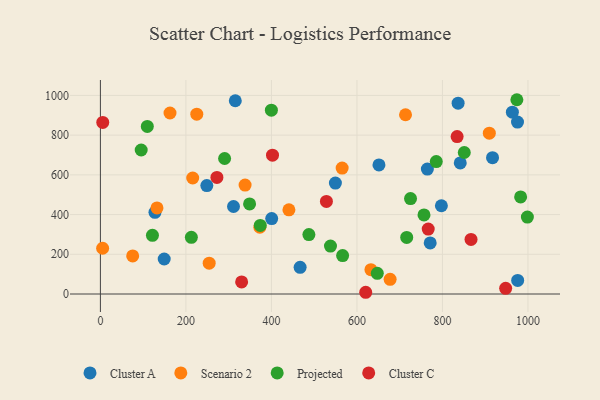
{"axis": {"x": "Distance", "y": "Salary"}, "legend": ["Cluster A", "Cluster C", "Projected", "Scenario 2"], "data": [{"x": "771.3", "y": 257.0, "type": "Cluster A"}, {"x": "764.7", "y": 629.1, "type": "Cluster A"}, {"x": "963.5", "y": 915.8, "type": "Cluster A"}, {"x": "836.6", "y": 960.7, "type": "Cluster A"}, {"x": "797.5", "y": 444.5, "type": "Cluster A"}, {"x": "149.2", "y": 176.3, "type": "Cluster A"}, {"x": "315.5", "y": 973.2, "type": "Cluster A"}, {"x": "917.1", "y": 686.5, "type": "Cluster A"}, {"x": "127.6", "y": 411.3, "type": "Cluster A"}, {"x": "467.1", "y": 134.2, "type": "Cluster A"}, {"x": "975.5", "y": 866.0, "type": "Cluster A"}, {"x": "549.6", "y": 558.7, "type": "Cluster A"}, {"x": "651.5", "y": 650.2, "type": "Cluster A"}, {"x": "248.9", "y": 546.0, "type": "Cluster A"}, {"x": "975.9", "y": 68.5, "type": "Cluster A"}, {"x": "311.3", "y": 440.6, "type": "Cluster A"}, {"x": "400.6", "y": 379.9, "type": "Cluster A"}, {"x": "841.6", "y": 660.1, "type": "Cluster A"}, {"x": "132.3", "y": 433.6, "type": "Scenario 2"}, {"x": "5.2", "y": 230.4, "type": "Scenario 2"}, {"x": "565.4", "y": 634.3, "type": "Scenario 2"}, {"x": "713.6", "y": 902.7, "type": "Scenario 2"}, {"x": "677.6", "y": 74.0, "type": "Scenario 2"}, {"x": "254.4", "y": 155.1, "type": "Scenario 2"}, {"x": "632.7", "y": 122.4, "type": "Scenario 2"}, {"x": "440.9", "y": 424.0, "type": "Scenario 2"}, {"x": "909.6", "y": 809.9, "type": "Scenario 2"}, {"x": "338.4", "y": 548.7, "type": "Scenario 2"}, {"x": "372.9", "y": 336.2, "type": "Scenario 2"}, {"x": "215.9", "y": 584.2, "type": "Scenario 2"}, {"x": "225.4", "y": 905.6, "type": "Scenario 2"}, {"x": "162.8", "y": 911.5, "type": "Scenario 2"}, {"x": "75.5", "y": 191.9, "type": "Scenario 2"}, {"x": "348.9", "y": 453.8, "type": "Projected"}, {"x": "851.0", "y": 712.5, "type": "Projected"}, {"x": "121.7", "y": 295.4, "type": "Projected"}, {"x": "538.1", "y": 241.4, "type": "Projected"}, {"x": "982.8", "y": 488.6, "type": "Projected"}, {"x": "290.5", "y": 682.4, "type": "Projected"}, {"x": "725.3", "y": 480.5, "type": "Projected"}, {"x": "998.6", "y": 387.6, "type": "Projected"}, {"x": "785.5", "y": 666.7, "type": "Projected"}, {"x": "95.4", "y": 725.1, "type": "Projected"}, {"x": "487.6", "y": 299.5, "type": "Projected"}, {"x": "109.7", "y": 843.8, "type": "Projected"}, {"x": "716.4", "y": 284.9, "type": "Projected"}, {"x": "756.8", "y": 398.2, "type": "Projected"}, {"x": "373.9", "y": 345.3, "type": "Projected"}, {"x": "974.0", "y": 978.3, "type": "Projected"}, {"x": "212.7", "y": 285.6, "type": "Projected"}, {"x": "566.5", "y": 193.3, "type": "Projected"}, {"x": "399.9", "y": 925.7, "type": "Projected"}, {"x": "647.6", "y": 104.3, "type": "Projected"}, {"x": "866.8", "y": 274.7, "type": "Cluster C"}, {"x": "947.8", "y": 28.4, "type": "Cluster C"}, {"x": "620.5", "y": 8.7, "type": "Cluster C"}, {"x": "5.5", "y": 864.2, "type": "Cluster C"}, {"x": "766.7", "y": 327.1, "type": "Cluster C"}, {"x": "330.3", "y": 60.7, "type": "Cluster C"}, {"x": "528.6", "y": 466.0, "type": "Cluster C"}, {"x": "402.5", "y": 699.1, "type": "Cluster C"}, {"x": "834.3", "y": 792.5, "type": "Cluster C"}, {"x": "272.5", "y": 587.0, "type": "Cluster C"}]}